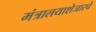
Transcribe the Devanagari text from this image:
मंत्रालयाशेजारचे